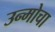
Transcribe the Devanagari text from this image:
उन्मोचा